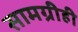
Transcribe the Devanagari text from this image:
सामग्रीही